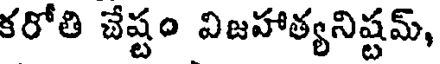
కరోతి చేష్టం విజహాత్యనిష్టమ్,